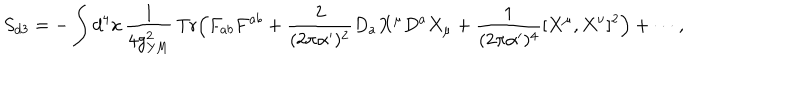
S _ { d 3 } = - \int d ^ { 4 } x \, { \frac { 1 } { 4 g _ { \mathrm { Y M } } ^ { 2 } } } \, \mathrm { T r } \Bigl ( F _ { a b } F ^ { a b } + { \frac { 2 } { ( 2 \pi \alpha ^ { \prime } ) ^ { 2 } } } D _ { a } X ^ { \mu } D ^ { a } X _ { \mu } + { \frac { 1 } { ( 2 \pi \alpha ^ { \prime } ) ^ { 4 } } } [ X ^ { \mu } , X ^ { \nu } ] ^ { 2 } \Bigr ) + \cdots ,